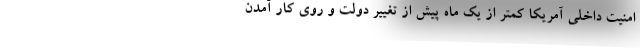
امنیت داخلی آمریکا کمتر از یک ماه پیش از تغییر دولت و روی کار آمدن